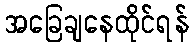
အခြေချနေထိုင်ရန်